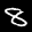
Label: 8